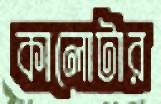
কালোটার